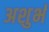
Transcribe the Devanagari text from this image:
अशुर्भ